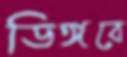
ডিঙ্গবে